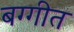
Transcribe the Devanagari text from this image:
बग्गीत